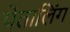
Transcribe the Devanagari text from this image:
पेतालिंग